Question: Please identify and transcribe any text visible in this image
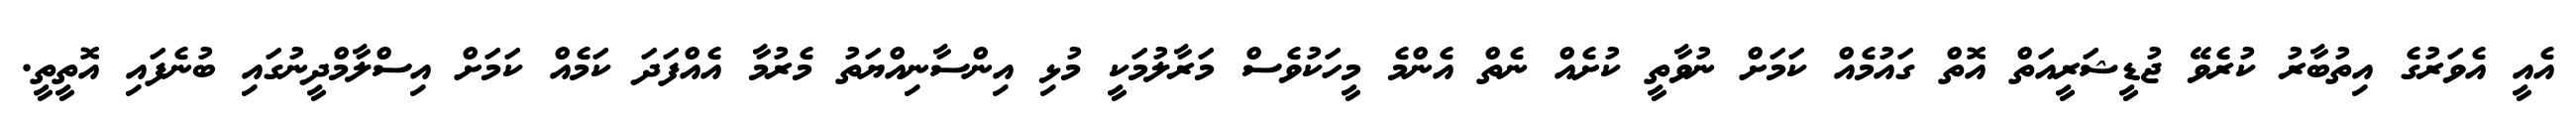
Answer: އެއީ އެވަރުގެ އިތުބާރު ކުރެވޭ ޖުޑީޝަރީއަތް އޮތް ގައުމެއް ކަމަށް ނުވާތީ ކުށެއް ނެތް އެންމެ މީހަކުވެސް މަރާލުމަކީ މުޅި އިންސާނިއްޔަތު މެރުމާ އެއްފަދަ ކަމެއް ކަމަށް އިސްލާމްދީނުގައި ބުނެފައި އޮތީތީ.